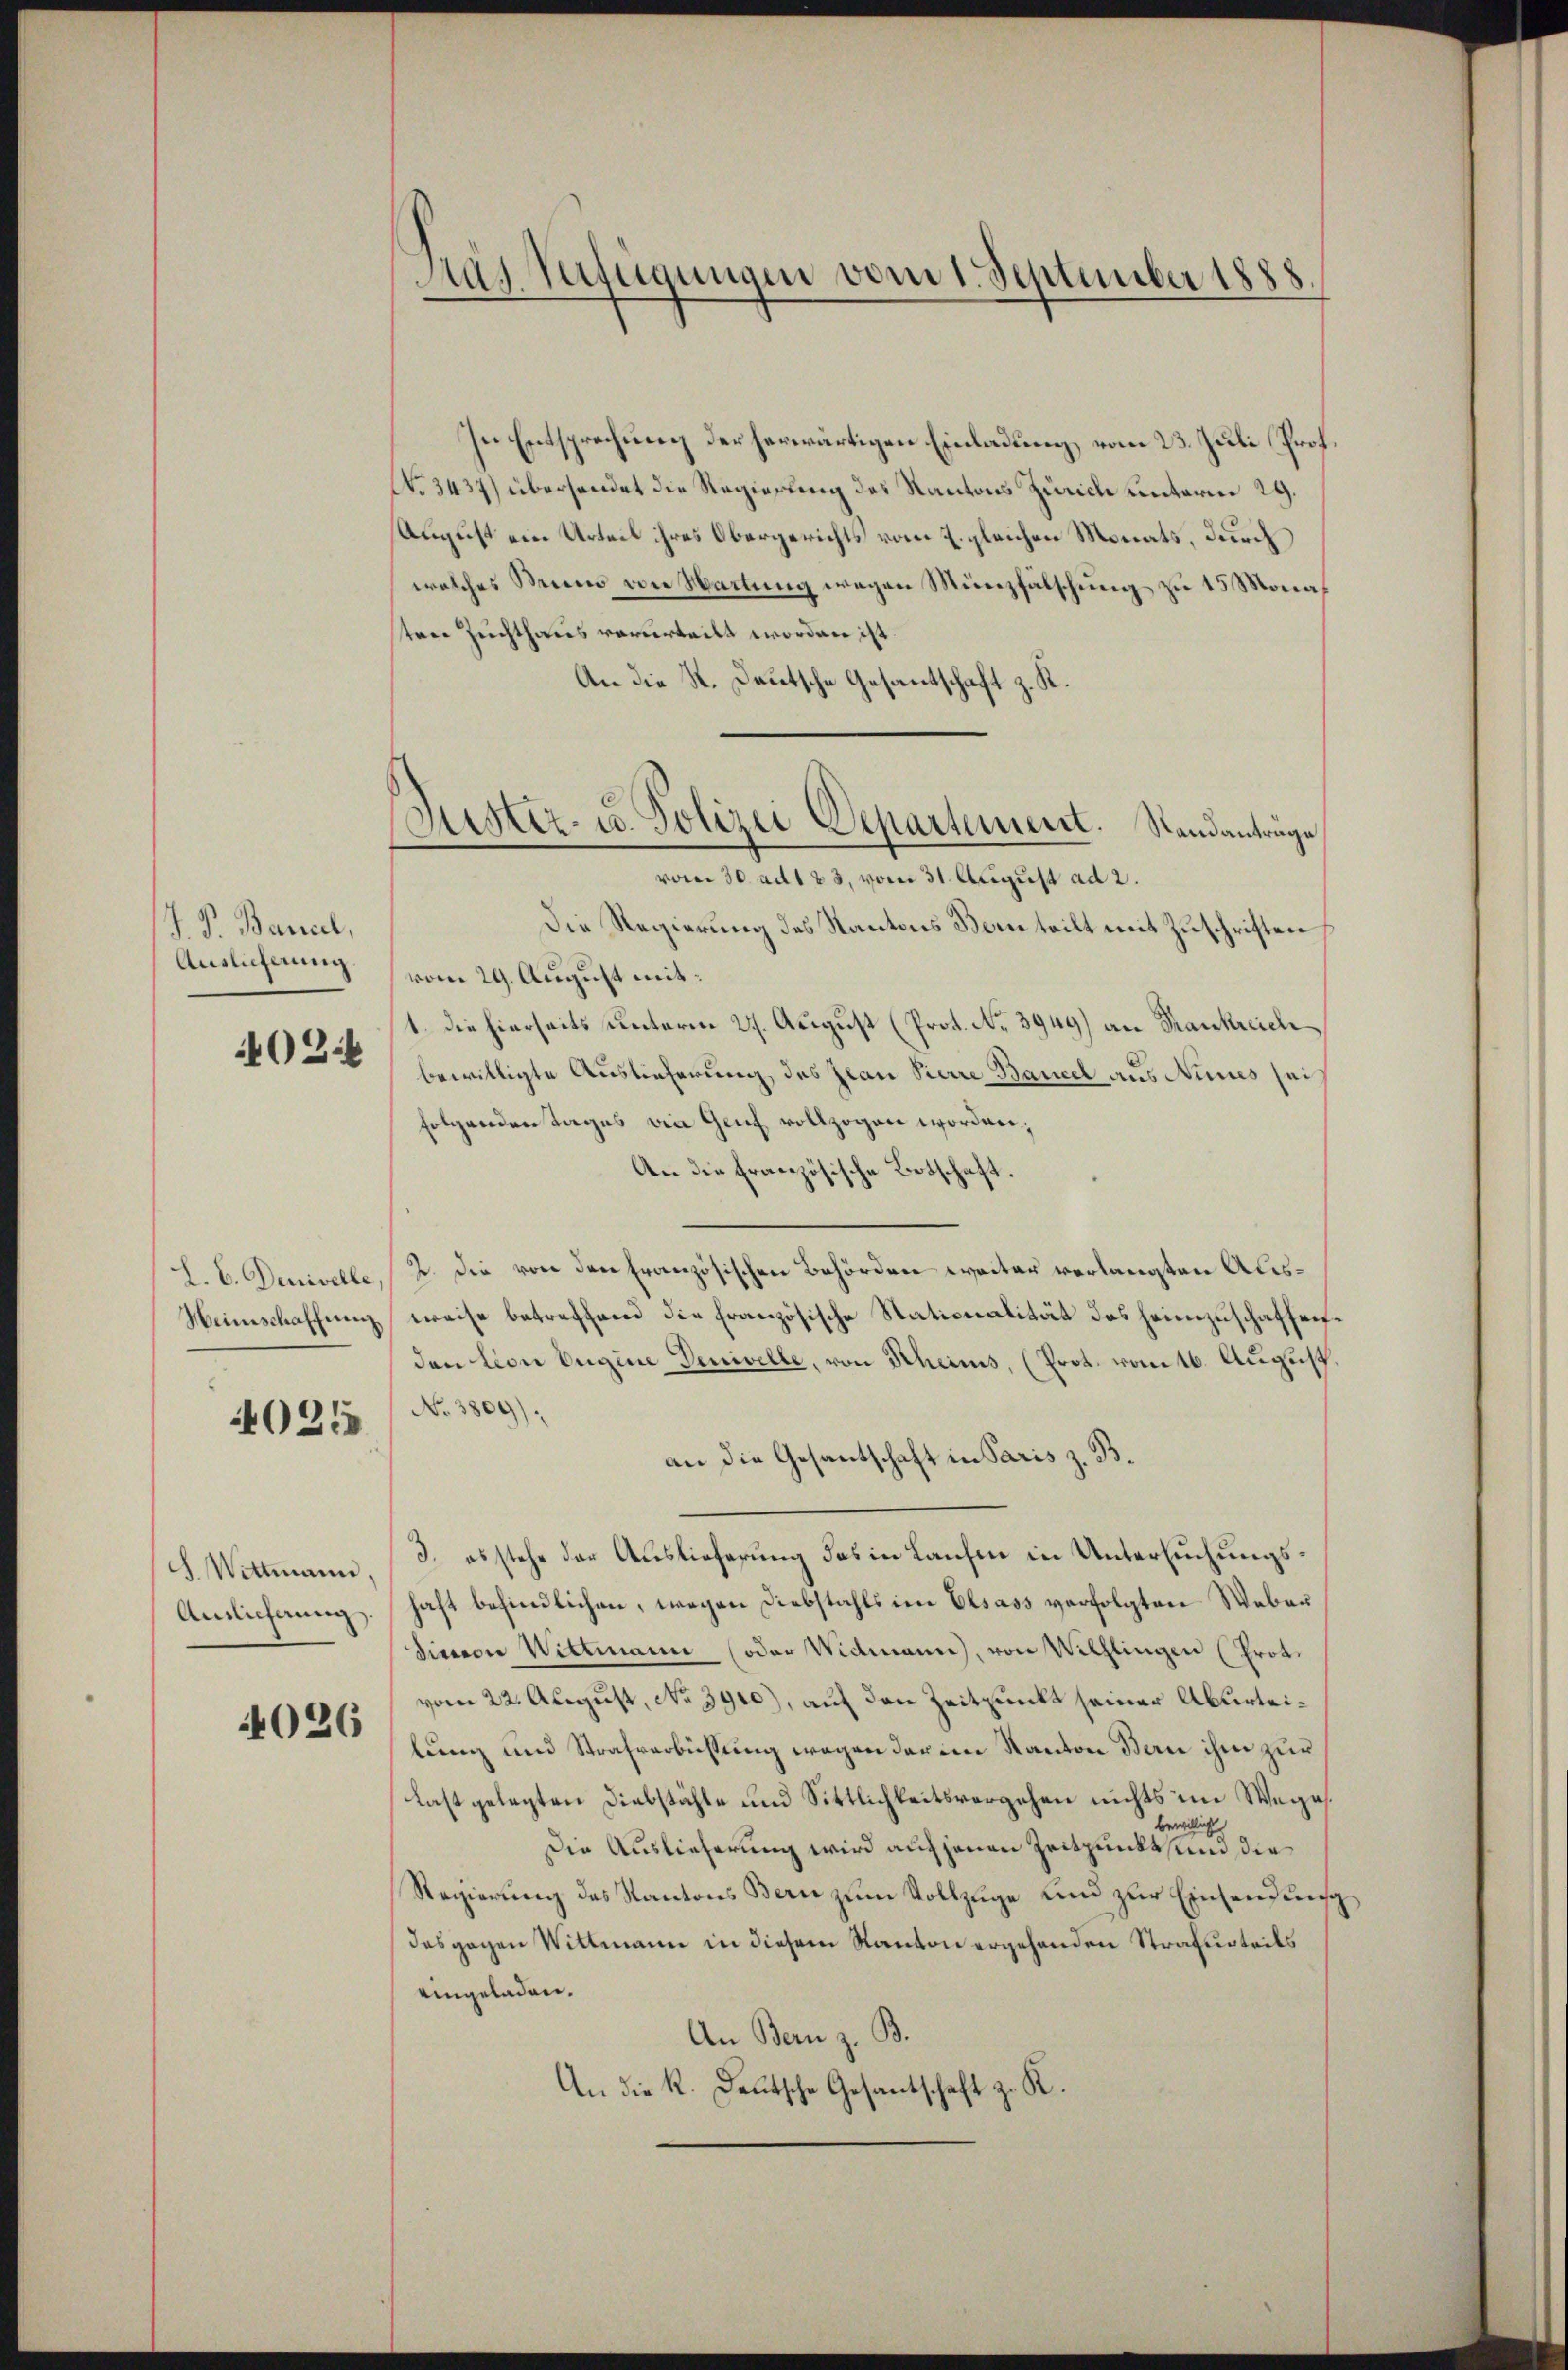
J. P. Bancel,
Auslieferung
402

L. b. Denivelle,
Weinschaffnung.

4025

S. Wittmann,
Aislicherung

4026

Das Verfügungen vom 1. September 1888.

In Entsprechung der herwärtigen Einladung vom 23. Juli Prof.
No. 3437) übersendet die Regierung des Kantons Zürich unterm 29.
August ein Urteil ihres Obergerichts vom 2. gleichen Monats, durch
welches Mino von Wartung wegen Münzfälschung zu 15 Monaten Zuchthaus verurteilt worden ist.
An die St. Deutsche Gesandtschaft z. K.
Die Regierung des Kantons Bern teilt mit Zuschriften
vom 29. August mit:
1. die hierseits unterm 27. August (Prot. No 3949) an Frankreich
bewilligte Auslieferung des Jean Pierre Bancel aus Nines sei
folgenden Tages die Genf vollzogen worden;
An die Französische Botscha
2. Die von den französischen Behörden weiter verlangten Ausweise betreffend die französische Stationalität des Heimzuschaffenden von Eugine Denivelle, von Rheims, (Prot. vom 16. August,
No 3809).
an die Gesantschaft in Paris z. B.
3. es stehe der Auslieferung des in Laufen in Untersuchungshaft befindlichen, wegen Diebstahls im Elsass verfolgten Webau
Simeon Wittmann (oder Widmann, von Willingen (Prot.
vom 22. August, No 3910), auf den Zeitpunkt seiner Aburteilung und Strafverbichtung wegen der im Kanton Bern ihm zur
Last gelegten Diebstähle und Sittlichkeitsvergehen nichts im Wege
bei
kicht
Die Auslieferung wird auf jenen Zeitpunkt und die
Regierung des Kantons Bern zum Vollzuge und zur Einsendung
des gegen Wittmann in diesem Kanton ergehenden Strafurteils
eingeladen.
An Bern z. B.
An die K. Deutsche Gesantschaft z. R.

Suster- u. Polizei Departement. Standanträge
vom 30. ad 133, vom 31. August ad 2.